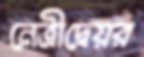
নেত্রীদ্বেয়র